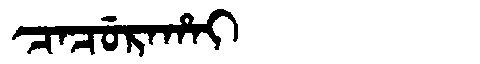
Manchu: ᠴᠠᠴᡠᡵᠠᡥᠠᡳ
Romanization: CACURAHAI